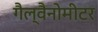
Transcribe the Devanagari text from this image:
गैल्वैनोमीटर